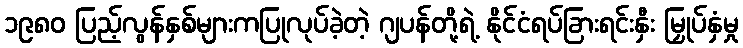
၁၉၈၀ ပြည့်လွန်နှစ်များကပြုလုပ်ခဲ့တဲ့ ဂျပန်တို့ရဲ့ နိုင်ငံရပ်ခြားရင်းနှီး မြှုပ်နှံမှု